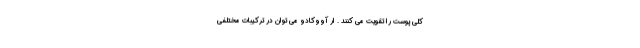
کلی پوست را تقویت می کنند . ار آووکادو می توان در ترکیبات مختلفی